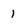
Character: 1